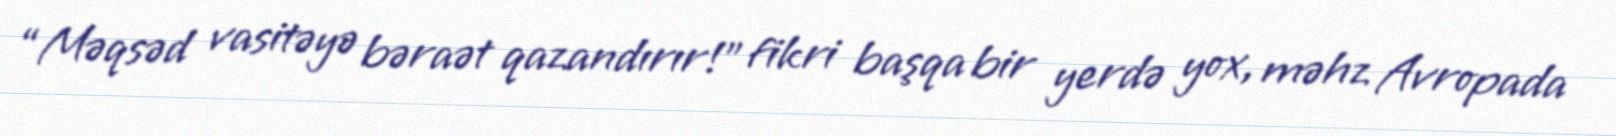
“Məqsəd vasitəyə bəraət qazandırır!” fikri başqa bir yerdə yox, məhz Avropada